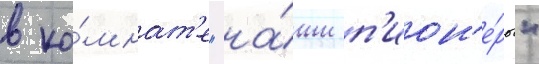
в ко́мнат'е "на́ши п'ион'е́ры"